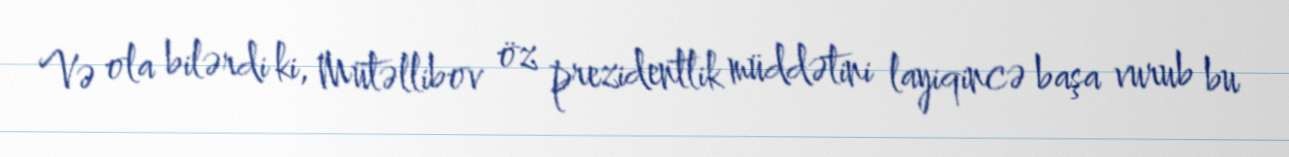
Və ola bilərdi ki, Mütəllibov öz prezidentlik müddətini layiqincə başa vurub bu